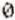
0